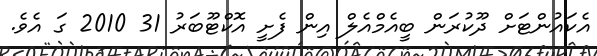
އެކައުންޓަށް ދޫކުރަން ބީއެމްއެލް އިން ފެށީ އޮކްޓޫބަރު 31 2010 ގަ އެވެ.